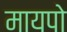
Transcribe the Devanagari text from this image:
मायपो